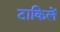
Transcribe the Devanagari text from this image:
टाकिलें